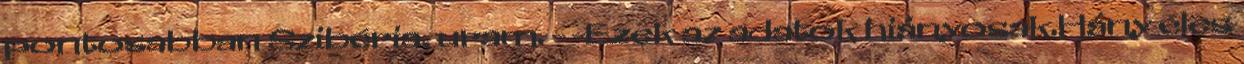
pontosabban Szibéria, uram. - -Ezek az adatok hiányosak.Hány éles